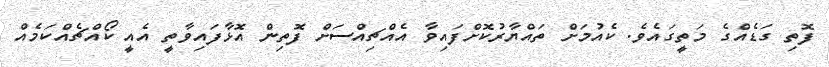
ފޮތި ގަޑެއްގެ މަތީގައެވެ. ކެއުމަށް ތައްޔާރުކޮށްފައިވާ އެއްޗިއްސަށް ފޮތިން އޮޅާފައިވާތީ އެއީ ކޯއްޗެއްކަމެއް